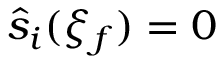
\hat { s } _ { i } ( \xi _ { f } ) = 0